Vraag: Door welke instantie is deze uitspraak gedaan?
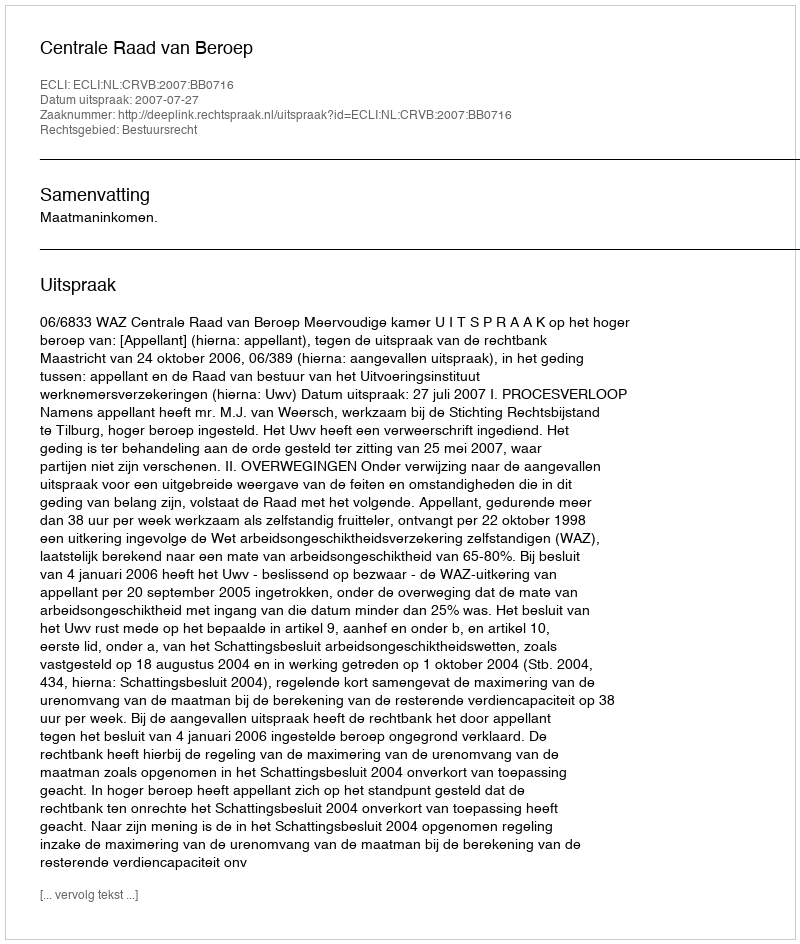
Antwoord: Centrale Raad van Beroep